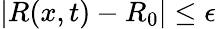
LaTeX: |R(x,t)-R_{0}|\leq\epsilon